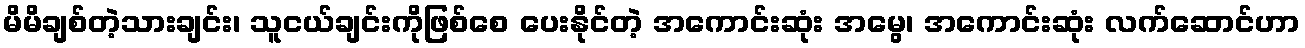
မိမိချစ်တဲ့သားချင်း၊ သူငယ်ချင်းကိုဖြစ်စေ ပေးနိုင်တဲ့ အကောင်းဆုံး အမွေ၊ အကောင်းဆုံး လက်ဆောင်ဟာ